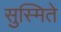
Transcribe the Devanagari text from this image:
सुस्मिते